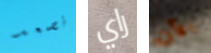
نصعد راي الآن